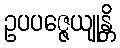
ဥပပဇ္ဇေယျုန္တိ